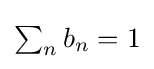
{\textstyle \sum _{n}b_{n}=1}